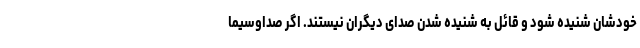
خودشان شنیده شود و قائل به شنیده شدن صدای دیگران نیستند. اگر صداوسیما